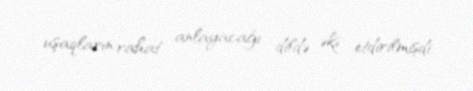
uşaqların rahat anlayacağı dildə əks etdirilmişdi.